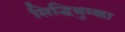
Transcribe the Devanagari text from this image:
सिद्धिथुम्का